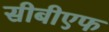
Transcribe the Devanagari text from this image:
सीबीएफ